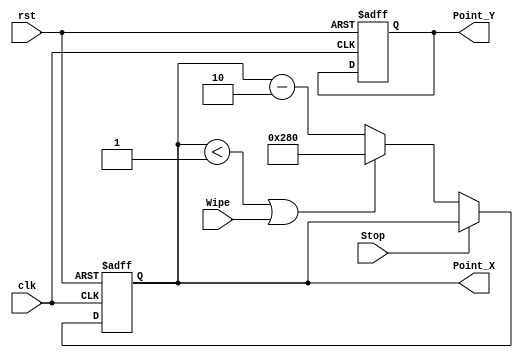
module Cactus #(
    parameter Width = 15,
    parameter Height = 33
)(
    input clk,
    input rst,
    input Stop,
    output reg [9:0] Point_X,
    output reg [9:0] Point_Y,
    input Wipe
);
    reg [7:0] Move_Y;
    always@(posedge clk, negedge rst)begin
        if(!rst) begin
            Point_X <= 640;
            Point_Y <= 400 - Height;
        end else begin
            if(!Stop) Point_X <= (Point_X < 1 ||  Wipe) ? 640 : Point_X - 2;
        end
    end

endmodule